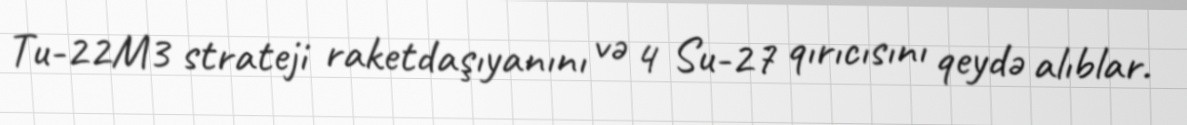
Tu-22M3 strateji raketdaşıyanını və 4 Su-27 qırıcısını qeydə alıblar.